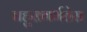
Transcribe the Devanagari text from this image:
बहुसगर्भतेस